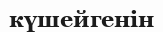
күшейгенін